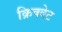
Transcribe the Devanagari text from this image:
क्रिक्वेट